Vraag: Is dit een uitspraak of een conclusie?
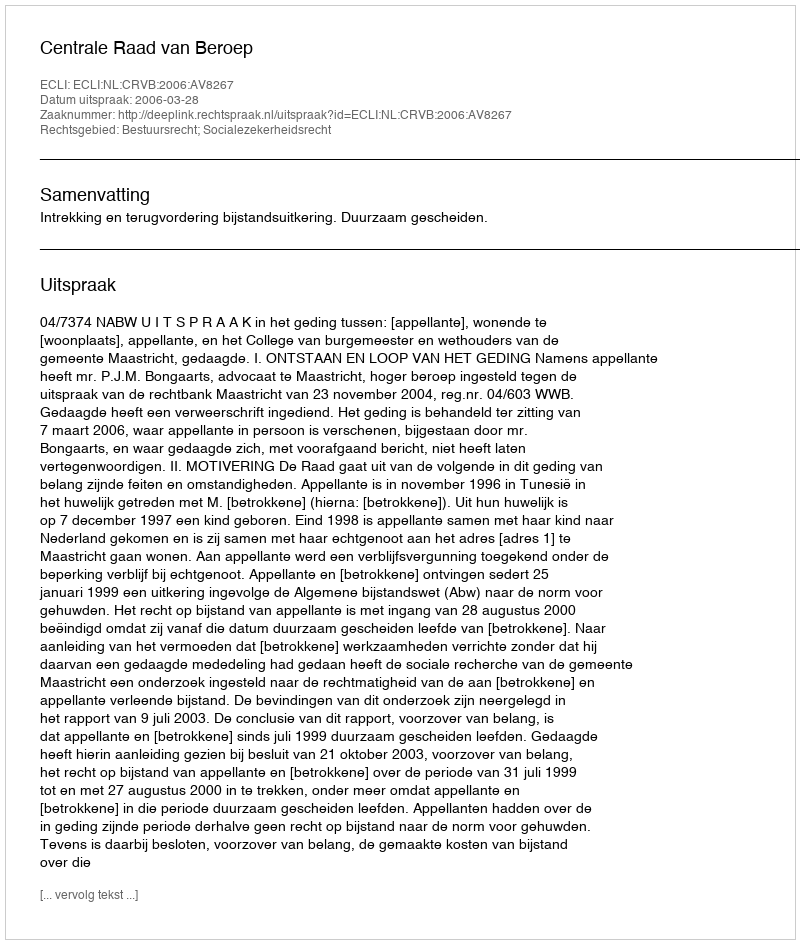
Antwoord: Uitspraak